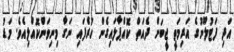
އަދި ފަޓުލޫނުގެ އަރިމަތީ ޖީބަށް ދެއަތް ކޮއްޕާލައިގެން ހުރެފައި ނަގާ މިނިވަންކޮއްލިއެވެ. މަޑު